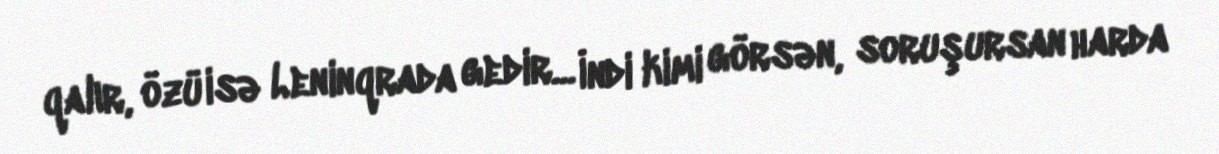
qalır, özü isə Leninqrada gedir... İndi kimi görsən, soruşursan harda